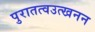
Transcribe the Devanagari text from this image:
पुरातत्वउत्खनन